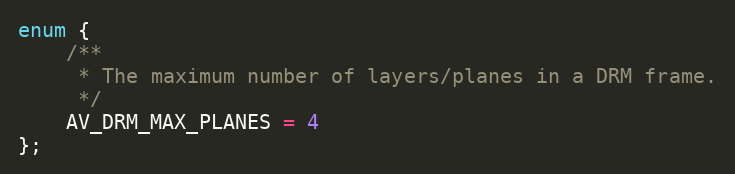
Language: C
enum {
    /**
     * The maximum number of layers/planes in a DRM frame.
     */
    AV_DRM_MAX_PLANES = 4
};